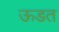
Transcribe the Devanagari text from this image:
ऊडत